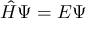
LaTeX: { \hat { H } } \Psi = E \Psi